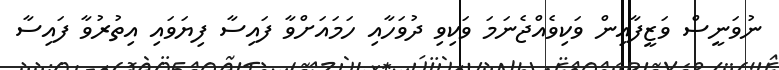
ނުވަނީސް ވަޒީފާއިން ވަކިވެއްޖެނަމަ ވަކިވި ދުވަހާއި ހަމައަށްވާ ފައިސާ ފިޔަވައި އިތުރުވާ ފައިސާ